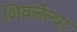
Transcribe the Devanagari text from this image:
शिवलेल्या